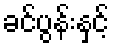
ခင်ပွန်းနှင့်